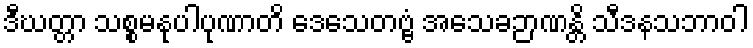
ဒီဃတ္တာ သစ္စမနုပါပုဏာတိ ဒေသေတဗ္ဗံ အသေခဉာဏန္တိ သီဒနသဘာဝါ